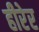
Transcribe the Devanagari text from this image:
हीरेर